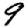
Digit: 9